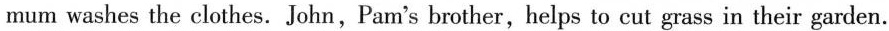
mum washes the clothes. John, Pam's brother,helps to cut grass in their garden.